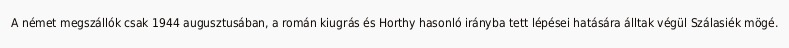
A német megszállók csak 1944 augusztusában, a román kiugrás és Horthy hasonló irányba tett lépései hatására álltak végül Szálasiék mögé.